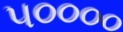
૫૦૦૦૦